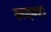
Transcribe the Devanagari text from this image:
खदबदा